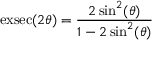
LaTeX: \operatorname { e x s e c } ( 2 \theta ) = { \frac { 2 \sin ^ { 2 } ( \theta ) } { 1 - 2 \sin ^ { 2 } ( \theta ) } }